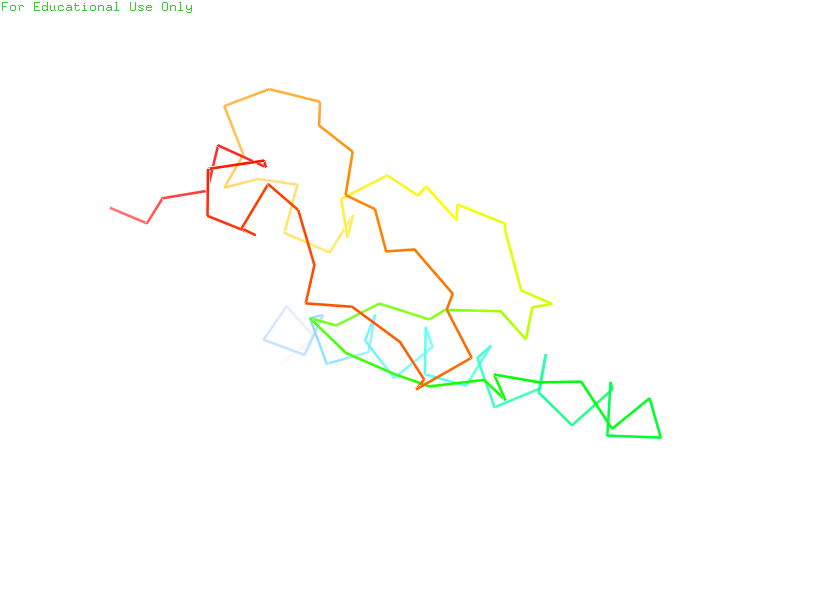
pymol, preset, ligand_sites_hq